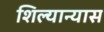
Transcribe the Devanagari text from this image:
शिल्यान्यास